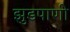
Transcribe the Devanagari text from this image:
झुडपाणी